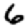
Digit: 6